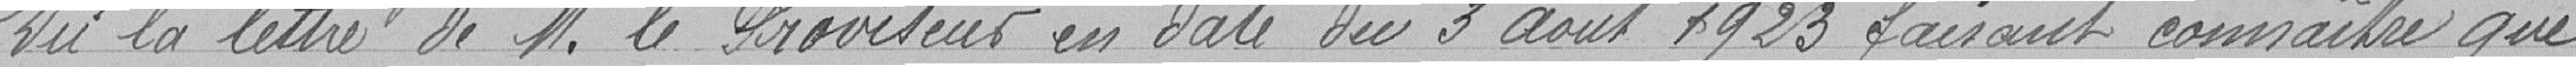
Vu la lettre de M. le Proviseur en date du 3 août 1923 faisant connaitre que